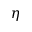
\eta